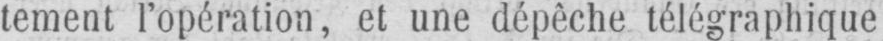
tement l’opération, et une dépêche télégraphique